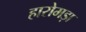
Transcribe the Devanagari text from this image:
हारोमड़ा